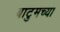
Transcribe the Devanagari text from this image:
बाटुमच्या